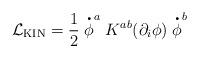
\begin{align*}{\cal L}_{\mbox \small{\rm KIN}} = \frac{1}{2} \stackrel{\mbox{{\huge .}}}{\phi}^{a} K^{ab}(\partial_{i}\phi) \stackrel{\mbox{{\huge .}}}{\phi}^{b} \end{align*}